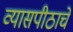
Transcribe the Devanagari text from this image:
व्यासपीठाचे